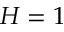
H = 1